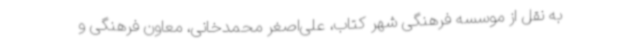
به نقل از موسسه فرهنگی شهر کتاب، علی‌اصغر محمدخانی، معاون فرهنگی و